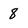
Character: 8